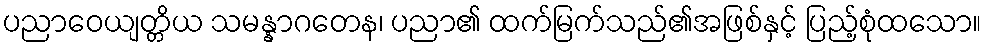
ပညာဝေယျတ္တိယ သမန္နာဂတေန၊ ပညာ၏ ထက်မြက်သည်၏အဖြစ်နှင့် ပြည့်စုံထသော။